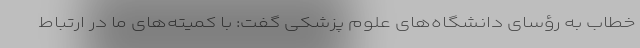
خطاب به رؤسای دانشگاه‌‌های علوم پزشکی گفت: با کمیته‌‌های ما در ارتباط